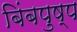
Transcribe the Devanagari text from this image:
बिंबपुष्प